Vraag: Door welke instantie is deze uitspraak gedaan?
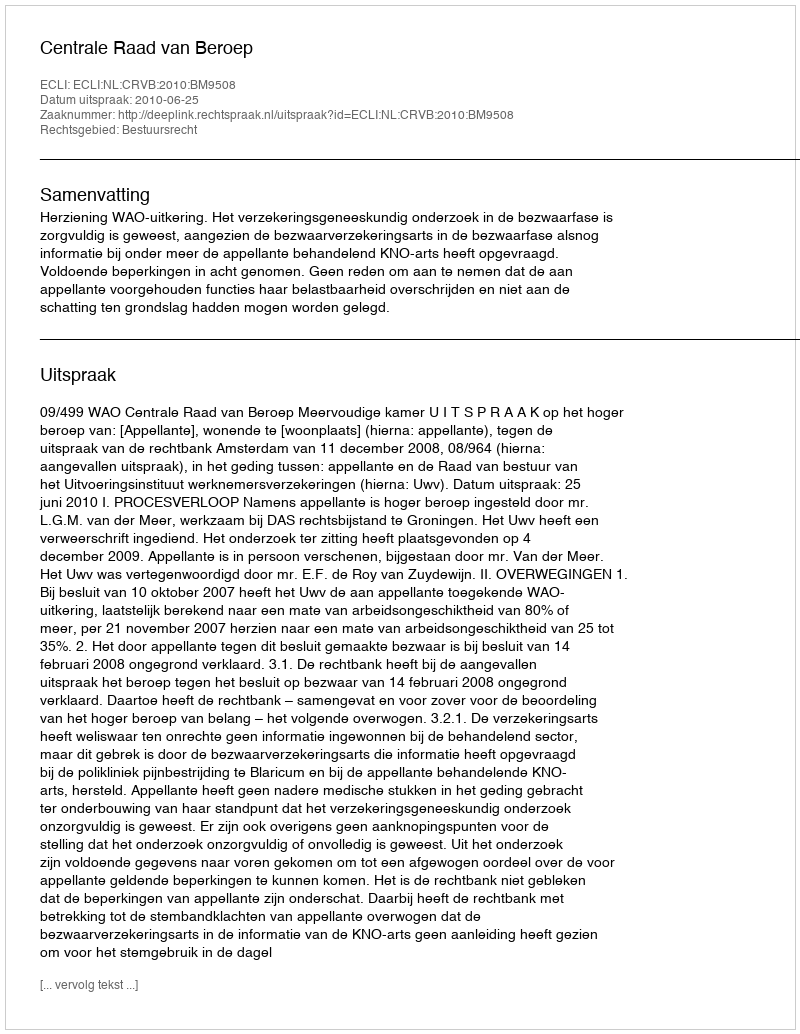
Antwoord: Centrale Raad van Beroep